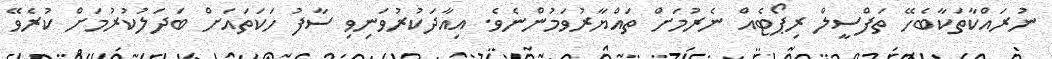
ނުރައްކާތަކާބެހޭ ތަފްސީލް ރިޕޯޓެއް ނެރުމަށް ތައްޔާރުވަމުންނެވެ. އިއާދަކުރުވަނިވި ސާފު ހަކަތައަށް ބަދަލުކުރުމަށް ކުރެވޭ